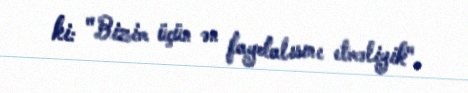
ki: "Bizim üçün ən faydalısını etməliyik".